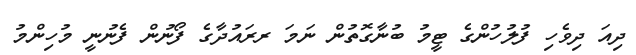
ދިއަ ދިވެހި ފުލުހުންގެ ޓީމު ބުނާގޮތުން ނަމަ ރރައުދާގެ ފޯނުން ފެނުނީ މުހިންމު